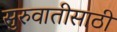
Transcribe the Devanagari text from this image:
सुरुवातीसाठी